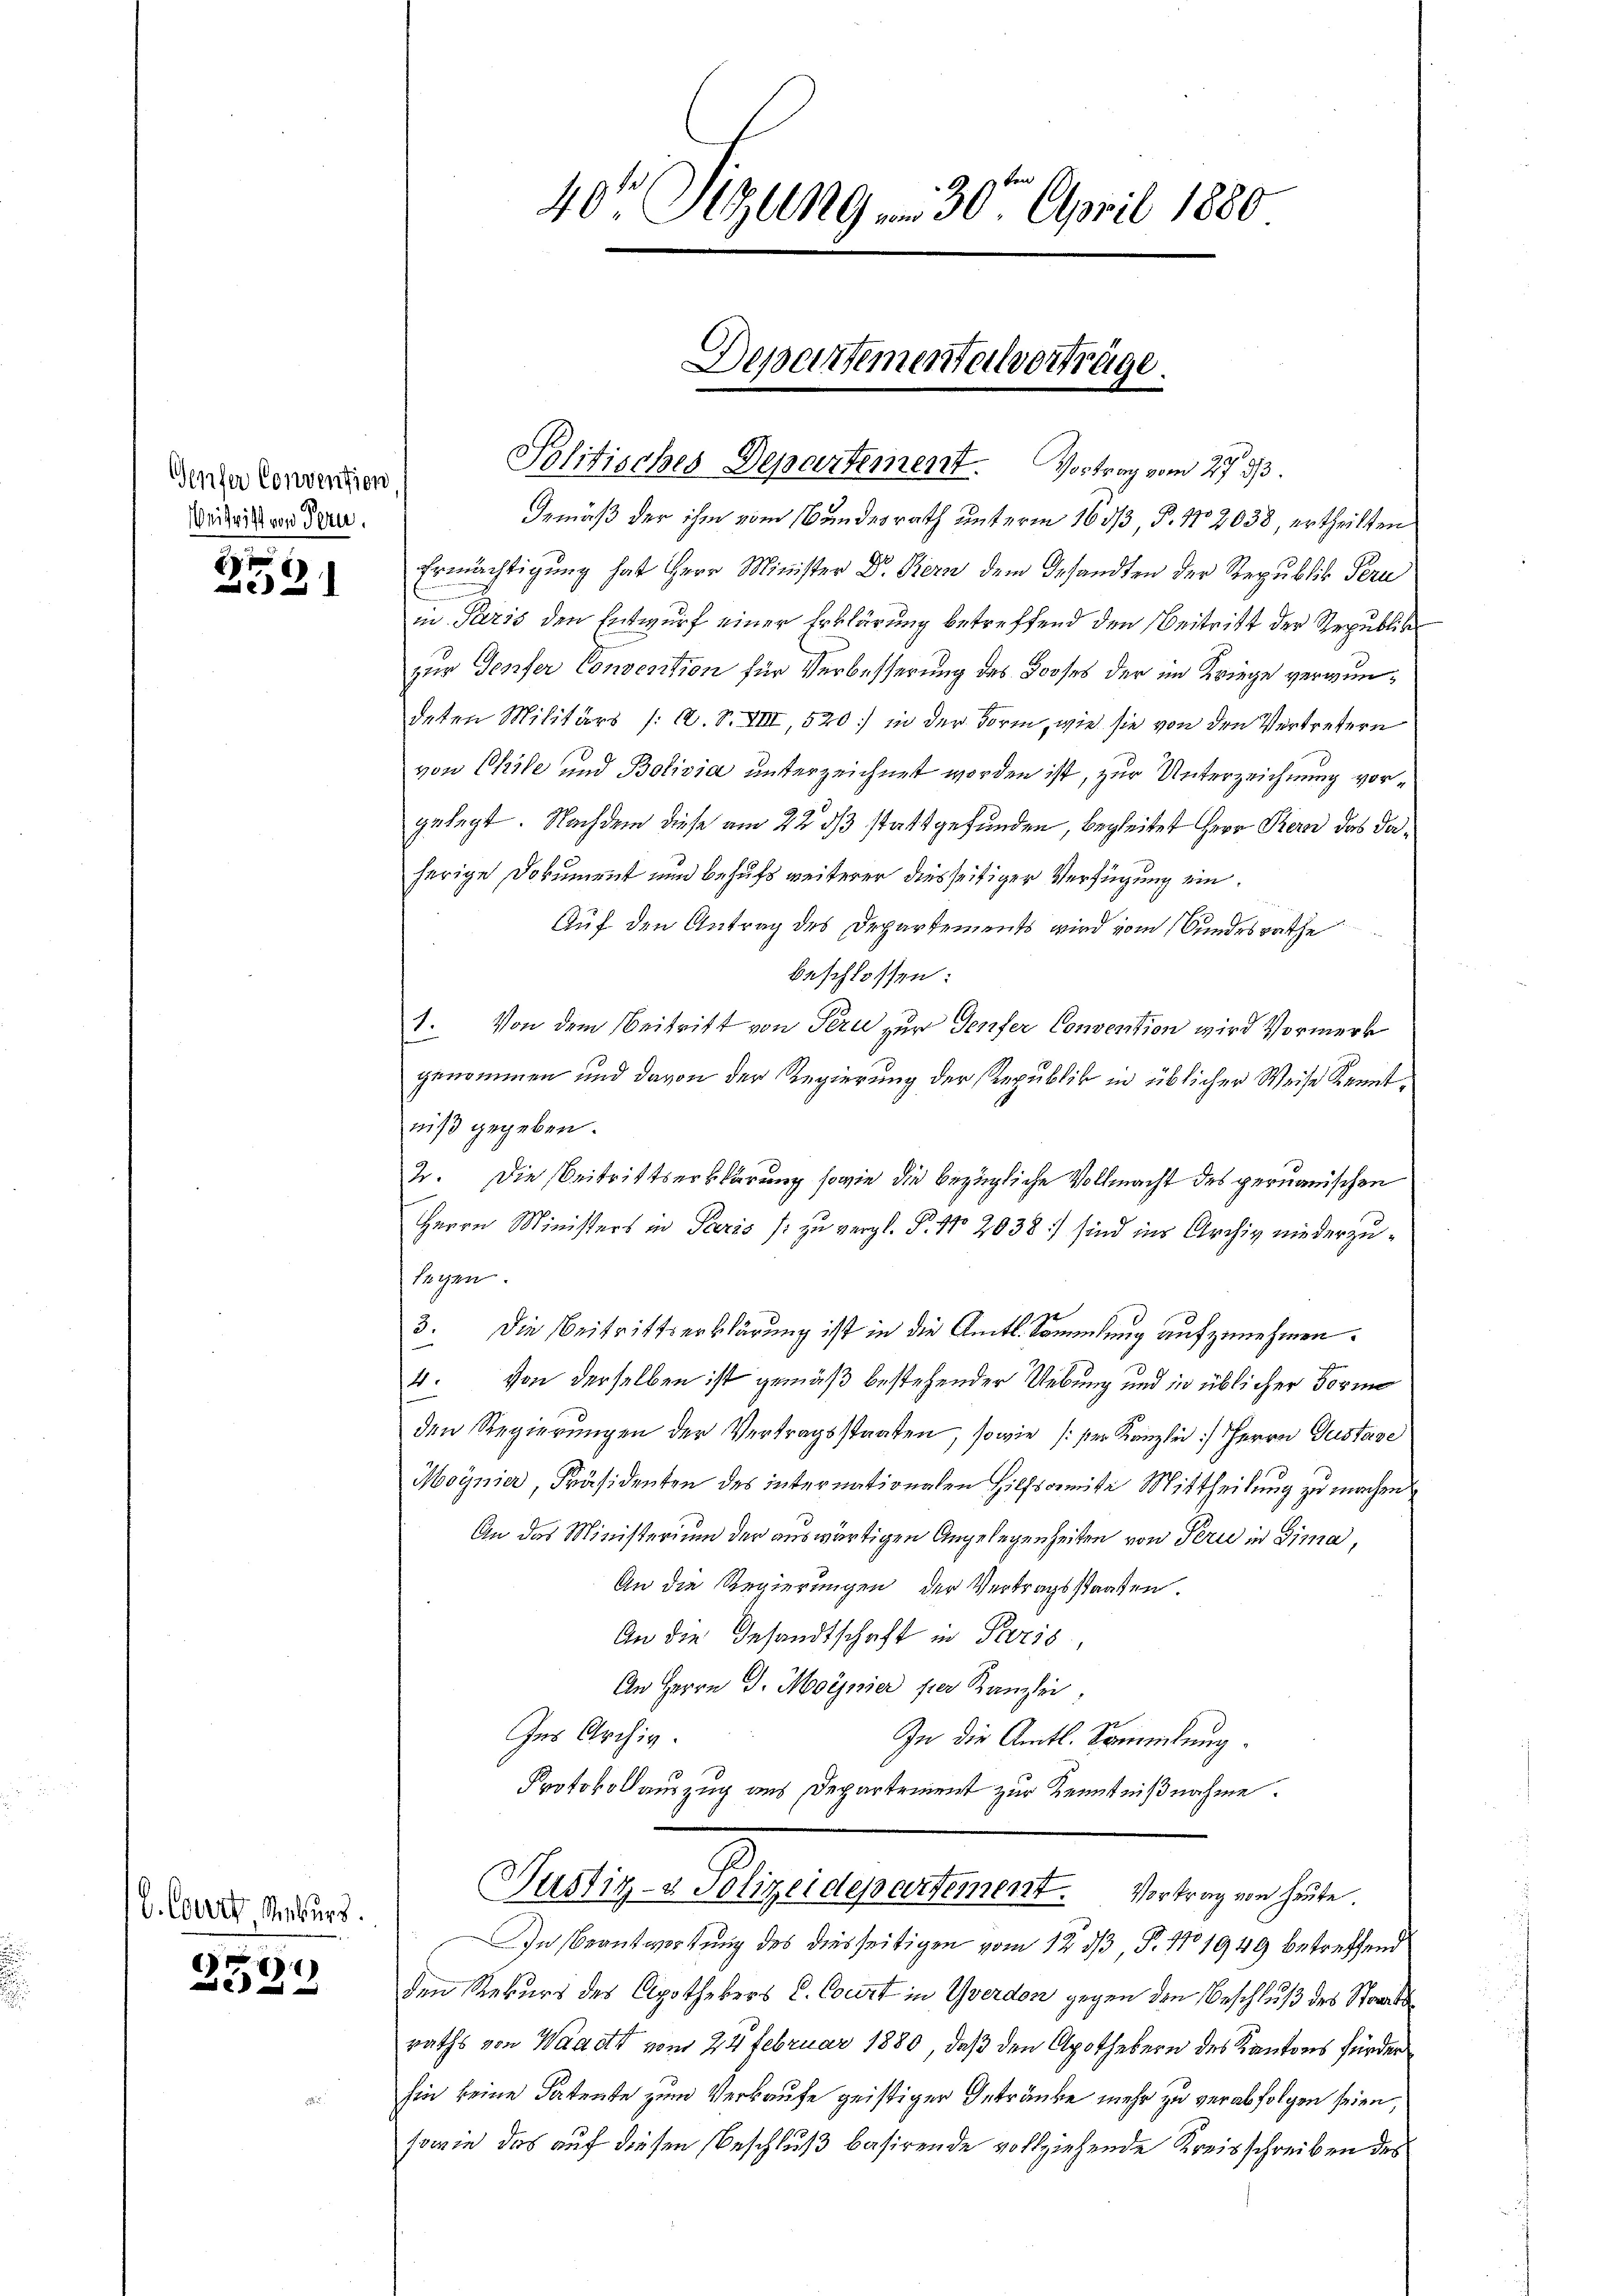
Genfer Convention
Beitritt von Tern.

21

G. Court Rekurs.

C
E

40' Sizung 30. April 1880

Departementeilvorträge.

Politisches Departement. Vortrag vom 27. 33.
Gemäß der ihm vom Bundesrath unterm 1603, P. No 2038, ertheilten
Ermächtigung hat Herr Minister Dr. Bern dem Gesandten der Republik Peri
in Paris den Entwurf einer Erklärung betreffend den Beitritt der Republik
zur Teufer Convention für Verbesserung des Booses der im Kriege verwundeten Militärs /: A. S. VIII, 520) in der Form, wie sie von den Vertretern
von Chile und Bolivia unterzeichnet worden ist, zur Unterzeichnung vorgelegt. Nachdem diese am 22. ds stattgefunden, begleitet Herr Kern das daherige Dokument nun behufs weiterer diesseitiger Verfügung ein
Auf den Antrag des Departements wird vom Bundesrathe
beschlossen:
1. Von dem Beitritt von Sern zur Genfer Convention wird Vormerk
genommen und davon der Regierung der Republik in üblicher Weise Kenntwiß gegeben.
2. Die Beitrittserklärung sowie die bezügliche Vollmacht des geruanischen
Herrn Ministers in Paris /: zu vergl. P. Nr. 2038) sind ins Archiv niederzulegen.
3. Die Beitrittserklärung ist in die Amts-Sammlung aufzunehmen.
4. Von derselben ist gemäß bestehender Uebung und in üblicher Forme
den Regierungen der Vertragsstaaten, sowie (der Kanzlei Herrn Gustave
Moynier, Präsidenten des internationalen Hilfsomite Mittheilung zu machen
An das Ministerium der auswärtigen Angelegenheiten von Perić in Gima,
An die Regierungen der Vertragsstaaten.
An die Gesandtschaft in Paris,
An Herrn J. Moynier per Kanzlei,
Ins Archiv.
In die Amtl. Sammlung.
Protokollauszug aus Departement zur Kenntnißnahme.
Justiz- & Polizeidepartement. Vortrag von heute
In Beantwortung des diesseitigen vom 12. dβ, P. 1101949 betreffend
den Rekurs des Apothekers C. Court in Yverdon gegen den Beschluß des Straße
raths von Waadt vom 24. Februar 1880, daß den Apothekern des Kantons fürder
hin keine Patente zum Verkaufe geistiger Getränke mehr zu verabfolgen seien,
sowie das auf diesen Beschluß basirende vollziehende Kreisschreiben des